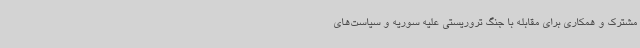
مشترک و همکاری برای مقابله با جنگ تروریستی علیه سوریه و سیاست‌های